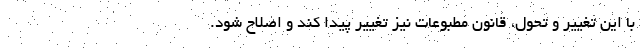
با این تغییر و تحول، قانون مطبوعات نیز تغییر پیدا کند و اصلاح شود.